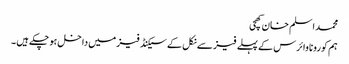
محمد اسلم خان کھچی
ہم کورونا وائرس کے پہلے فیز سے نکل کے سیکنڈ فیز میں داخل ہو چکے ہیں ۔